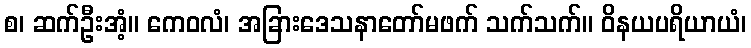
စ၊ ဆက်ဦးအံ့။ ကေဝလံ၊ အခြားဒေသနာတော်မဖက် သက်သက်။ ဝိနယပရိယာယံ၊